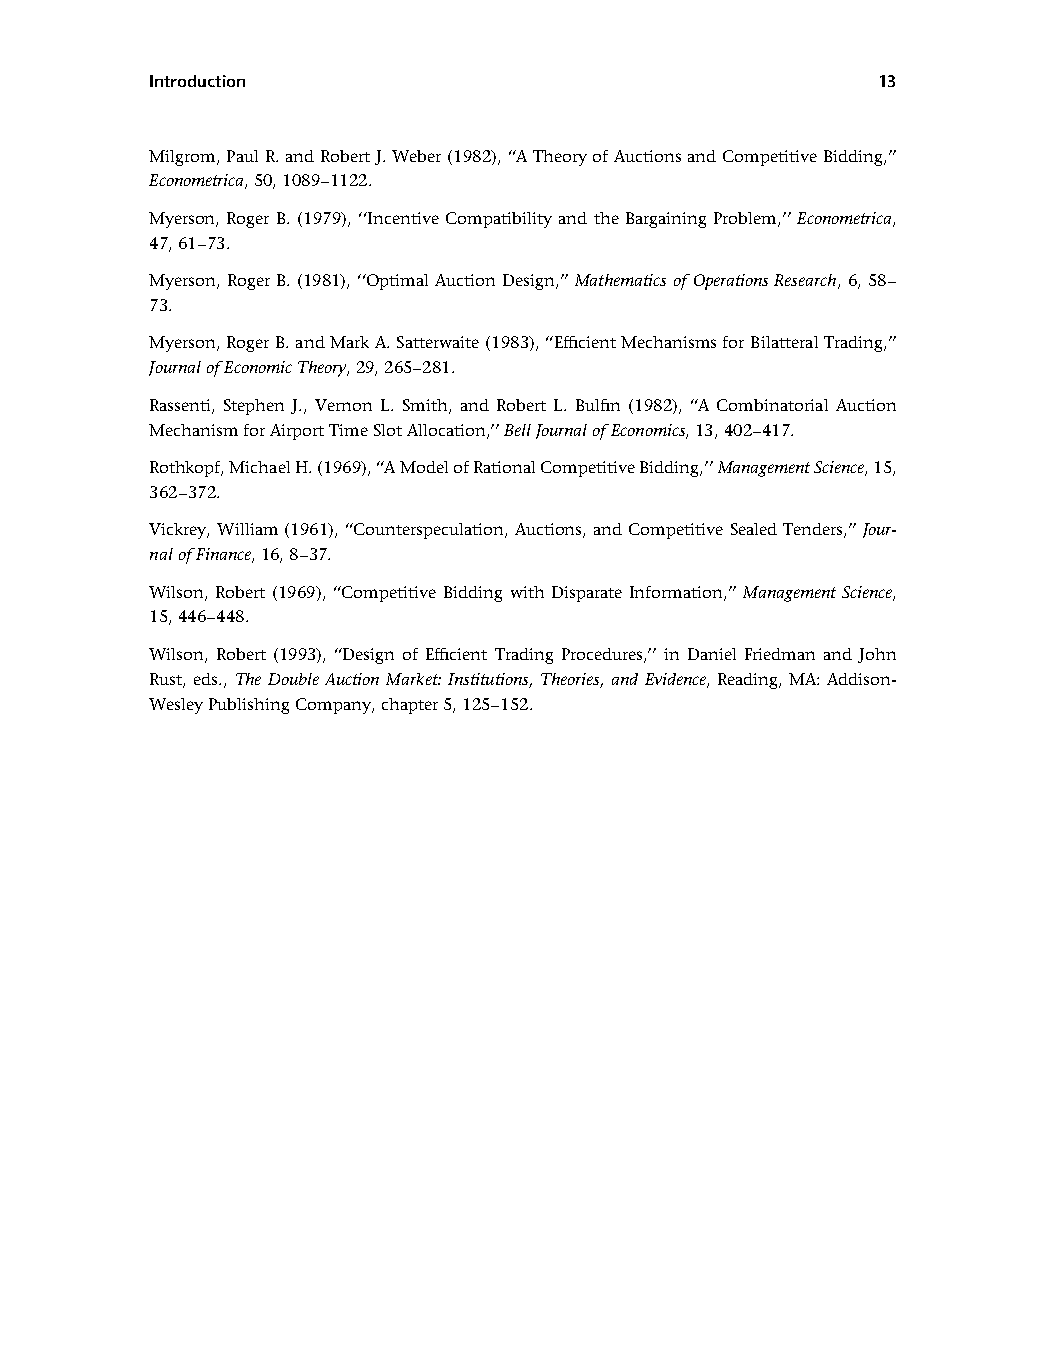
Introduction                                     13
 Milgrom,PaulR.andRobertJ.Weber(1982),‘‘ATheoryofAuctionsandCompetitiveBidding,’’
 Econometrica,50,1089–1122.
 Myerson,Roger B. (1979), ‘‘Incentive Compatibility and theBargainingProblem,’’Econometrica,
 47,61–73.
 Myerson,RogerB.(1981),‘‘OptimalAuctionDesign,’’Mathematicsof OperationsResearch,6,58–
 73.
 Myerson,RogerB.andMarkA.Satterwaite(1983),‘‘EfficientMechanismsforBilatteralTrading,’’
 JournalofEconomicTheory,29,265–281.
 Rassenti, Stephen J., Vernon L. Smith, and Robert L. Bulfin (1982), ‘‘A Combinatorial Auction
 MechanismforAirportTimeSlotAllocation,’’BellJournalofEconomics,13,402–417.
 Rothkopf,MichaelH.(1969),‘‘AModelofRationalCompetitiveBidding,’’ManagementScience,15,
 362–372.
 Vickrey,William(1961),‘‘Counterspeculation,Auctions,andCompetitiveSealedTenders,’’Jour-
 nalofFinance,16,8–37.
 Wilson, Robert (1969), ‘‘Competitive Bidding with Disparate Information,’’ Management Science,
 15,446–448.
 Wilson, Robert (1993), ‘‘Design of Efficient Trading Procedures,’’ in Daniel Friedman and John
 Rust, eds., The Double Auction Market: Institutions, Theories, and Evidence, Reading, MA: Addison-
 WesleyPublishingCompany,chapter5,125–152.